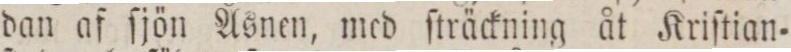
dan af ſjön Åsnen, med ſträckning åt Kriſtian=